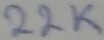
Text: 22K